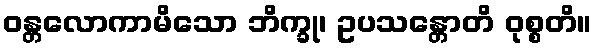
ဝန္တလောကာမိသော ဘိက္ခု၊ ဥပသန္တောတိ ဝုစ္စတိ။